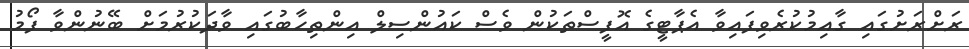
ރަށްރަށުގައި ގާއިމުކުރެވިފައިވާ އެޕާޓީގެ އޮފީސްތަކުން ވެސް ކައުންސިލް އިންތިހާބުގައި ވާދަކުރުމަށް ބޭނުންވާ ފޯމު